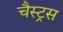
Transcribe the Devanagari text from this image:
चैस्ट्रस